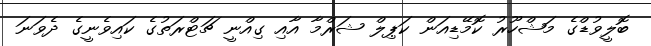
ބޮލީވުޑްގެ މަޝްހޫރު ކޮމޭޑިއަން ކަޕިލް ޝަރްމާ އާއި ގިއްނީ ޗަޓްރަތުގެ ކައިވެނީގެ ދެވަނަ